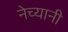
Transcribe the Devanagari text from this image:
नेच्यानी